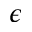
\epsilon